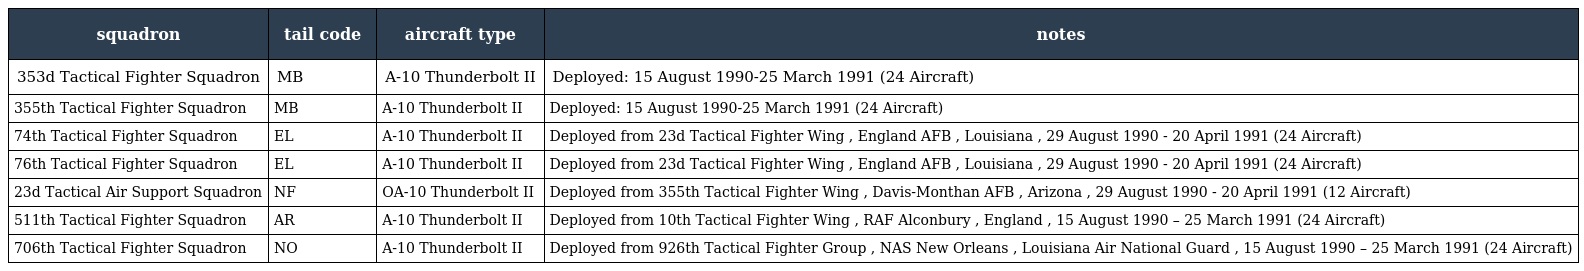
| squadron | tail code | aircraft type | notes |
 | --- | --- | --- | --- |
 | 353d Tactical Fighter Squadron | MB | A-10 Thunderbolt II | Deployed: 15 August 1990-25 March 1991 (24 Aircraft) |
 | 355th Tactical Fighter Squadron | MB | A-10 Thunderbolt II | Deployed: 15 August 1990-25 March 1991 (24 Aircraft) |
 | 74th Tactical Fighter Squadron | EL | A-10 Thunderbolt II | Deployed from 23d Tactical Fighter Wing , England AFB , Louisiana , 29 August 1990 - 20 April 1991 (24 Aircraft) |
 | 76th Tactical Fighter Squadron | EL | A-10 Thunderbolt II | Deployed from 23d Tactical Fighter Wing , England AFB , Louisiana , 29 August 1990 - 20 April 1991 (24 Aircraft) |
 | 23d Tactical Air Support Squadron | NF | OA-10 Thunderbolt II | Deployed from 355th Tactical Fighter Wing , Davis-Monthan AFB , Arizona , 29 August 1990 - 20 April 1991 (12 Aircraft) |
 | 511th Tactical Fighter Squadron | AR | A-10 Thunderbolt II | Deployed from 10th Tactical Fighter Wing , RAF Alconbury , England , 15 August 1990 – 25 March 1991 (24 Aircraft) |
 | 706th Tactical Fighter Squadron | NO | A-10 Thunderbolt II | Deployed from 926th Tactical Fighter Group , NAS New Orleans , Louisiana Air National Guard , 15 August 1990 – 25 March 1991 (24 Aircraft) |